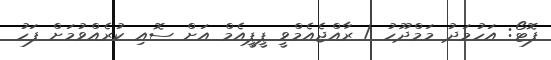
ފޮޓޯ: އަހުމަދު މަމްދޫހު / ރާއްޖެއެމްވީ ޕީޕީއެމް އަށް ސޮއި ކުރެއްވުމަށް ފަހު